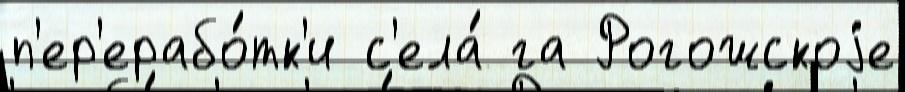
п'ер'ерабо́тк'и с'ела́ га Рогожскоjе